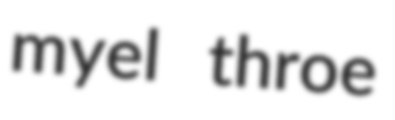
myel throe